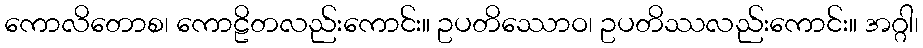
ကောလိတောစ၊ ကောဠိတလည်းကောင်း။ ဥပတိဿောဝ၊ ဥပတိဿလည်းကောင်း။ အဂ္ဂါ၊